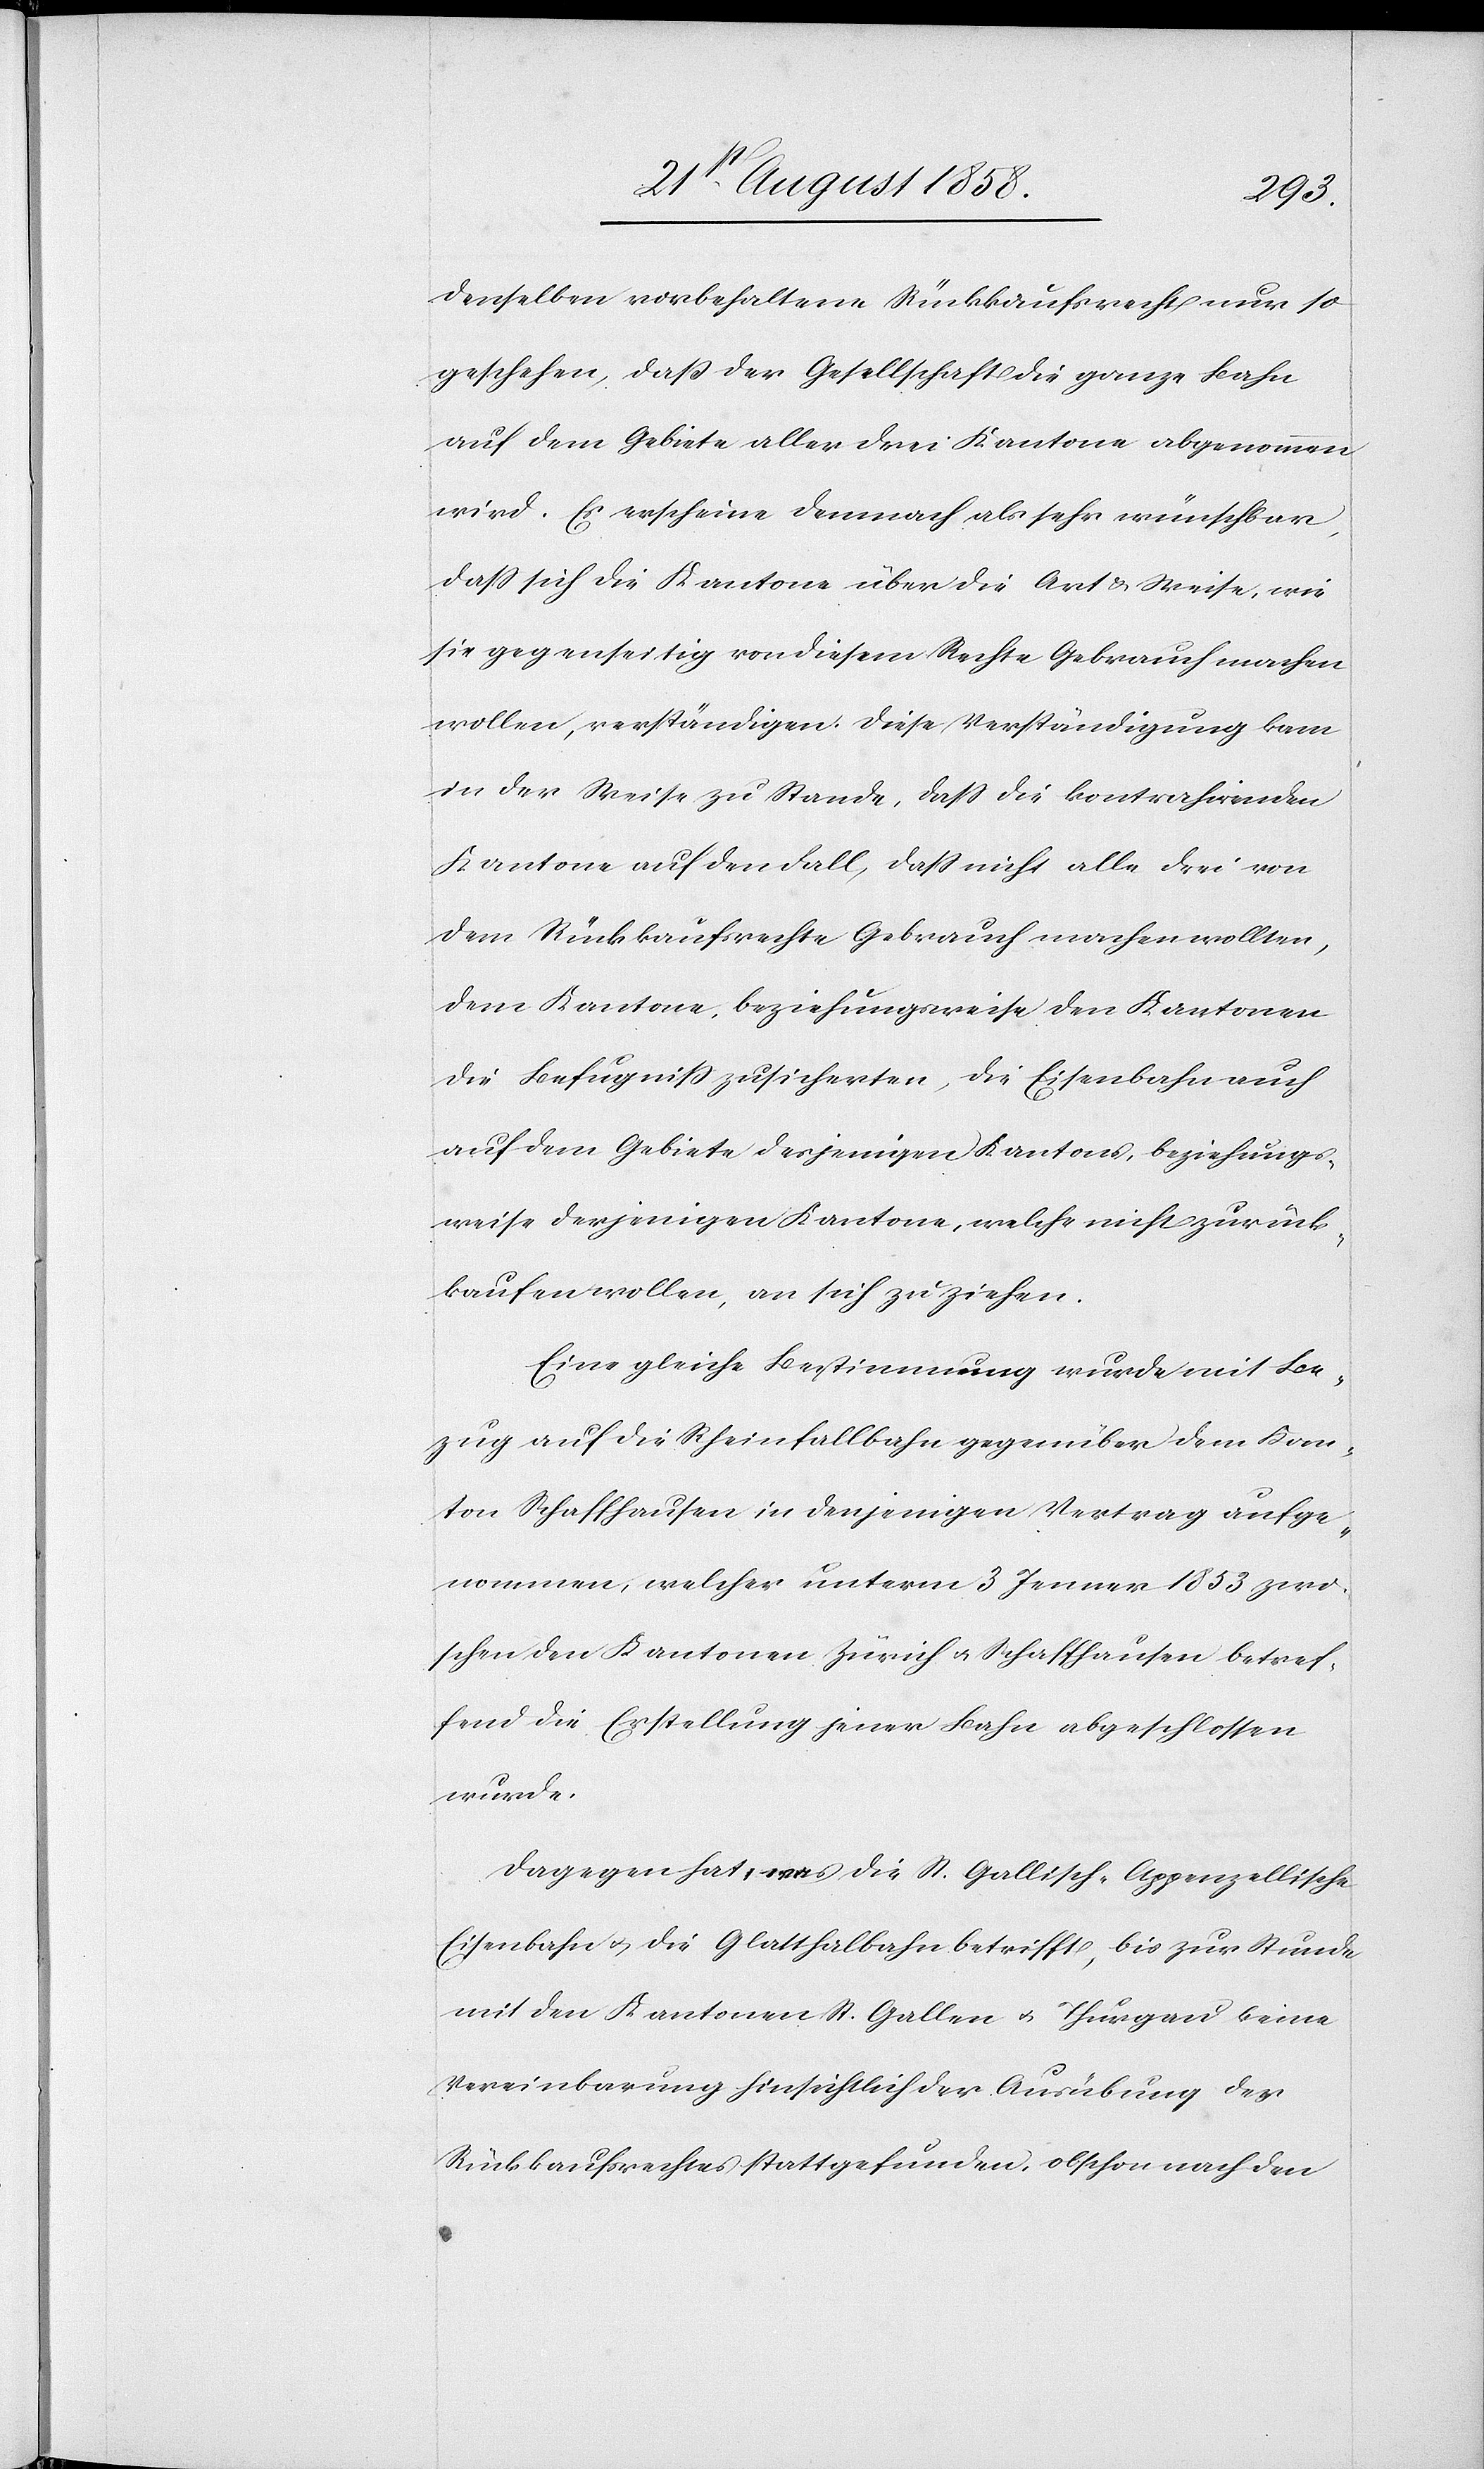
denselben vorbehaltene Rückkaufsrecht nur so
geschehen, daß der Gesellschaft die ganze Bahn
auf dem Gebiete aller drei Kantone abgenommen
wird. Es erscheine demnach als sehr wünschbar,
dass sich die Kantone über die Art & Weise, wie
sie gegenseitig von diesem Rechte Gebrauch machen
wollen, verständigen. Diese Verständigung kam
in der Weise zu Stande, dass die kontrahirenden
Kantone auf den Fall, dass nicht alle drei von
dem Rückkaufsrechte Gebrauch machen wollten,
dem Kantone, beziehungsweise den Kantonen
die Befugniss zusicherten, die Eisenbahn auch
auf dem Gebiete desjenigen Kantons, beziehungs¬
weise derjenigen Kantone, welche nicht zurück¬
kaufen wollen, an sich zu ziehen.
Eine gleiche Bestimmung wurde mit Be¬
zug auf die Rheinfallbahn gegenüber dem Kan¬
ton Schaffhausen in denjenigen Vertrag aufge¬
nommen, welcher unterm 3 Jenner 1853 zwi¬
schen den Kantonen Zürich & Schaffhausen betref¬
fend die Erstellung jener Bahn abgeschlossen
wurde.
Dagegen hat, was die St. Gallisch-Appenzellische
Eisenbahn & die Glatthalbahn betrifft, bis zur Stunde
mit den Kantonen St. Gallen & Thurgau keine
Vereinbarung hinsichtlich der Ausübung des
Rückkaufsrechtes stattgefunden, obschon nach den